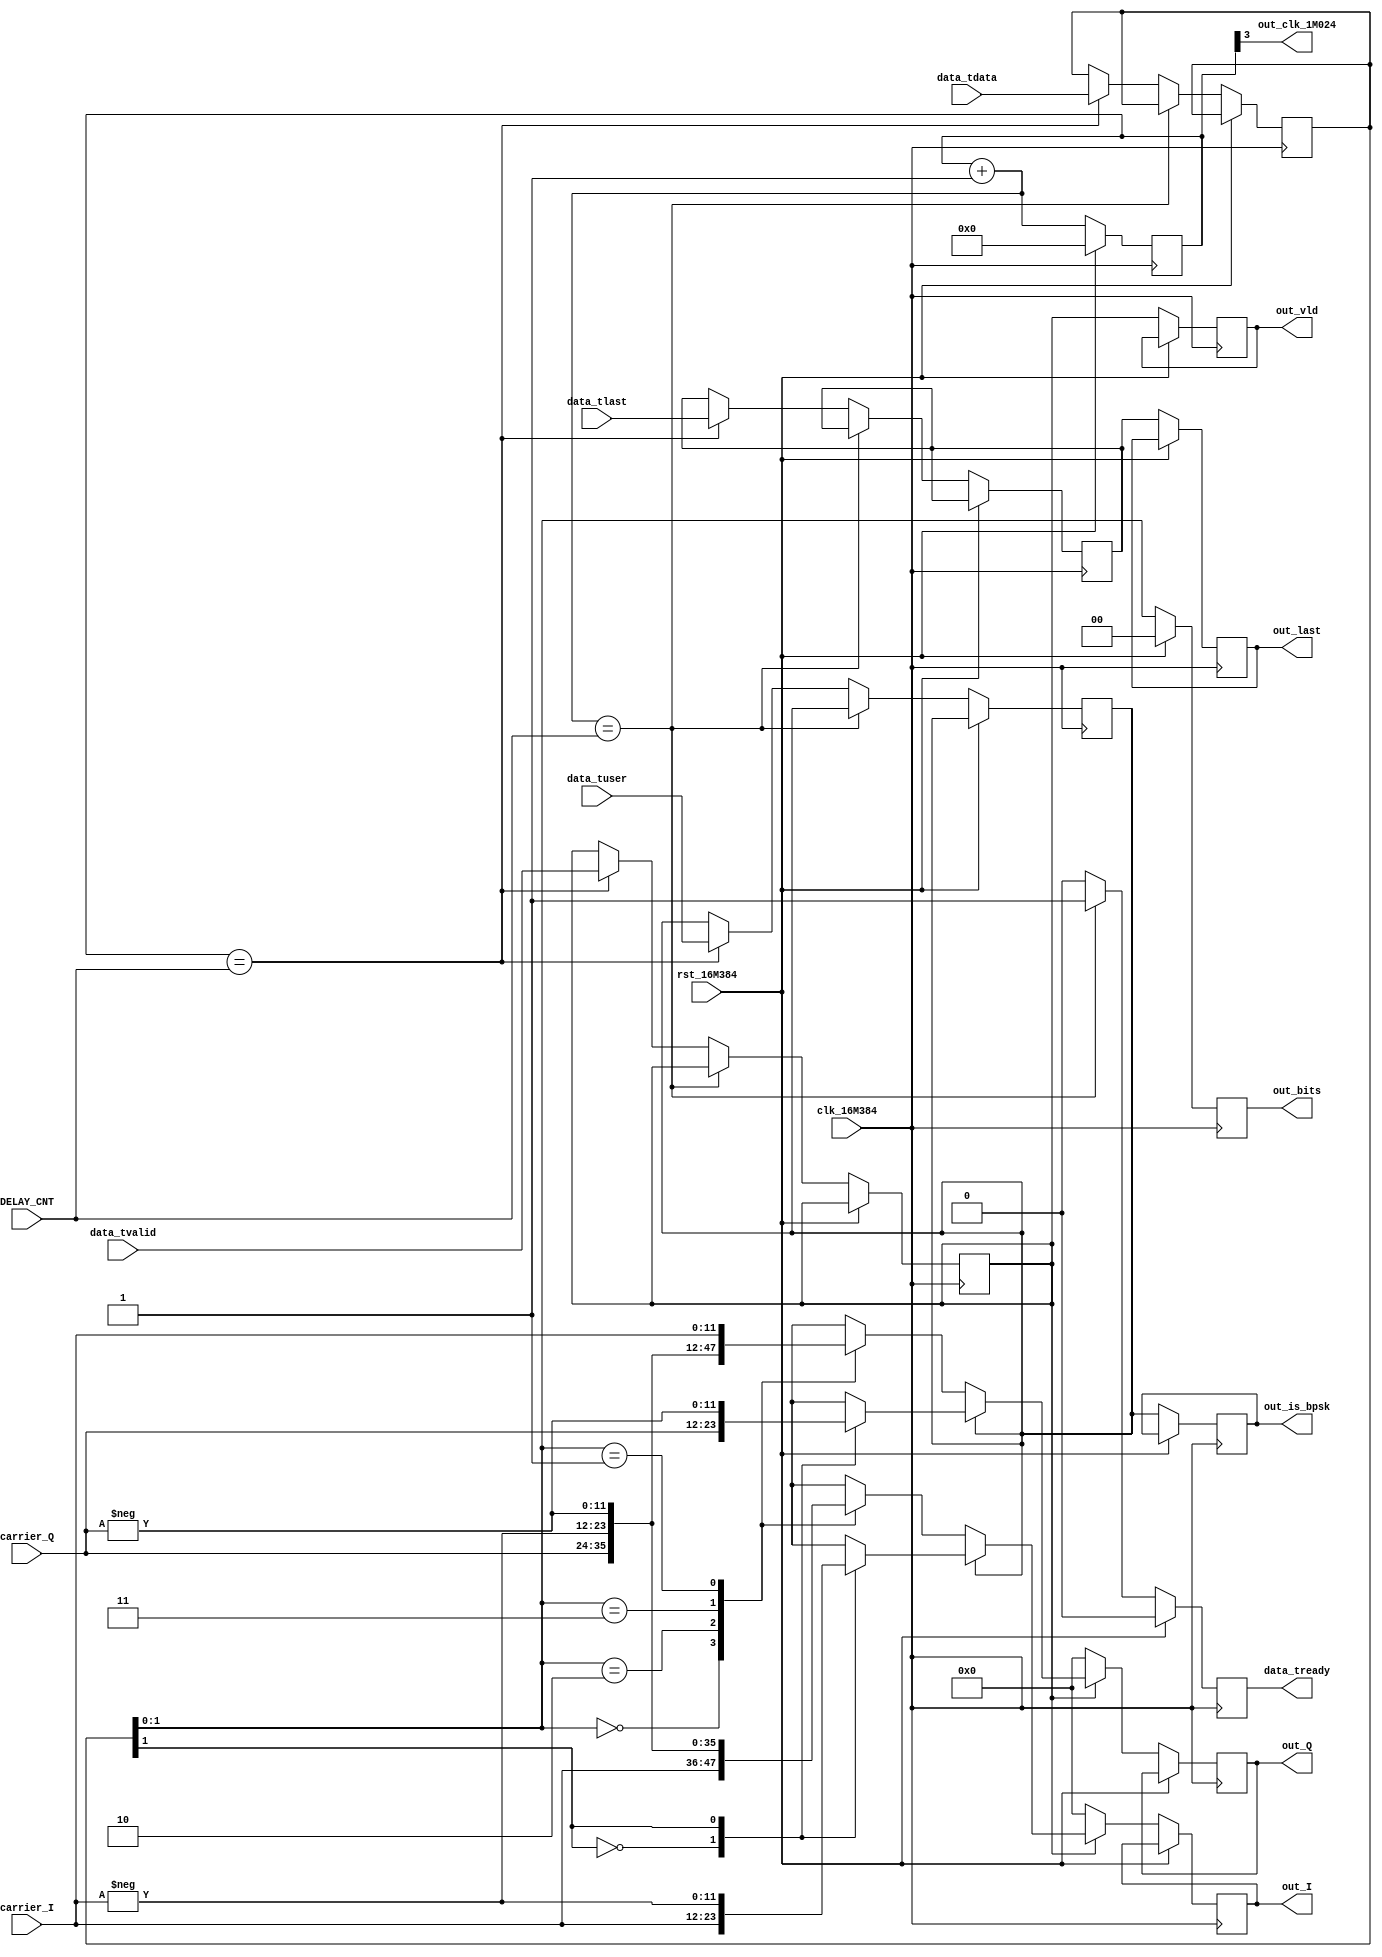
// Module: PSK_Mod
// ===============
// Modulate data with BPSK/QPSK.
// Both I and Q streams are used, where they have a consistent 90 deg phase shift for both BPSK and QPSK.
//

`timescale 1ns / 1ps

module PSK_Mod #(
  parameter WIDTH = 12,
  parameter BYTES = 1 // at least 1 byte for AXIS interface
) (
  input                         clk_16M384,
  input                         rst_16M384,
  // data AIXS input, from 16.384M FIFO, with real data rate of 1.024M
  input           [BYTES*8-1:0] data_tdata, // BPSK only uses data_tdata[1]
  input                         data_tvalid,
  output reg                    data_tready,
  input                         data_tlast,
  input                         data_tuser, // is_bpsk
  // input carrier I signal (cos)
  input      signed [WIDTH-1:0] carrier_I,
  // input carrier Q signal (sin)
  input      signed [WIDTH-1:0] carrier_Q,
  // input configuration constant
  input                   [3:0] DELAY_CNT,
  // output modulated I signal
  output reg signed [WIDTH-1:0] out_I,
  // output modulated I signal
  output reg signed [WIDTH-1:0] out_Q,
  // other output information
  output reg                    out_vld,
  output reg                    out_last,
  output reg                    out_is_bpsk,
  output reg              [1:0] out_bits,
  // output clock of 2.048M, not synchronized with clk_1M024
  output                        out_clk_1M024
);
  localparam BITS = BYTES * 8;

  wire is_bpsk;
  assign is_bpsk = data_tuser;

  reg      [3:0] cnt;
  reg [BITS-1:0] data_buf;
  reg            vld_buf, last_buf, is_bpsk_buf;

  wire signed [WIDTH-1:0] carrier_0, carrier_1, carrier_2, carrier_3;
  assign carrier_0 =  carrier_I;
  assign carrier_1 =  carrier_Q;
  assign carrier_2 = -carrier_I;
  assign carrier_3 = -carrier_Q;

  wire data_I_buf, data_Q_buf;
  assign { data_I_buf, data_Q_buf } = data_buf[1:0];

  always @ (posedge clk_16M384) begin
    if (rst_16M384) begin
      cnt <= 4'b0;
      data_tready <= 1'b0;
      out_bits <= 2'b00;
    end
    else begin
      // count
      cnt <= cnt + 4'b1;
      // input buffer
      if (cnt + 4'b1 == DELAY_CNT) begin
        data_tready <= 1'b1; // read next clock cycle
      end
      else if (cnt == DELAY_CNT) begin
        data_buf <= data_tdata;
        vld_buf <= data_tvalid;
        last_buf <= data_tlast;
        is_bpsk_buf <= is_bpsk;
        data_tready <= 1'b0;
      end
      else begin
        data_tready <= 1'b0;
      end
      // output buffer
      if (vld_buf) begin
        if (is_bpsk_buf) begin
          //      BPSK Constellation
          // =============================
          //          ^ Q (sin)
          //          |
          //          |`````* 0
          //          |     :
          // ---------+---------> I (cos)
          //    :     |
          //  1 *.....|
          //          |
          case (data_I_buf)
            1'b0: begin
              out_I <= carrier_0;
              out_Q <= carrier_1;
            end
            1'b1: begin
              out_I <= carrier_2;
              out_Q <= carrier_3;
            end
          endcase
          // out_I <= data_I_buf ? -carrier_I : carrier_I;
          // out_Q <= data_I_buf ? -carrier_Q : carrier_Q;
        end
        else begin
          //      QPSK Constellation
          // =============================
          //          ^ Q (sin)
          //   10     |
          //    *`````|`````* 00
          //    :     |     :
          // ---------+---------> I (cos)
          //    :     |     :
          // 11 *.....|.....*
          //          |     01
          //
          // * Note: This is actually Gray coding for QPSK!
          case (data_buf[1:0])
            2'b00: begin
              out_I <= carrier_0;
              out_Q <= carrier_1;
            end
            2'b10: begin
              out_I <= carrier_1;
              out_Q <= carrier_2;
            end
            2'b11: begin
              out_I <= carrier_2;
              out_Q <= carrier_3;
            end
            2'b01: begin
              out_I <= carrier_3;
              out_Q <= carrier_0;
            end
          endcase
        end
      end
      else begin
        out_I <= 0;
        out_Q <= 0;
      end
      out_vld <= vld_buf;
      out_last <= last_buf;
      out_is_bpsk <= is_bpsk_buf;
      out_bits <= data_buf[1:0];
    end
  end

  assign out_clk_1M024 = cnt[3];
endmodule